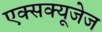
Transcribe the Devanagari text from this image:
एक्सक्यूजेज